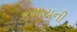
કમાયની